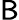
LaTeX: \sf{B}